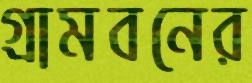
গ্রামবনের